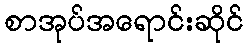
စာအုပ်အရောင်းဆိုင်